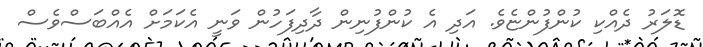
ޑޮލަރު ދެއްކި ކުންފުންޏެވެ. އަދި އެ ކުންފުނިން ދާދިފަހުން ވަނީ އެކަމަށް އެއްބަސްވެސް